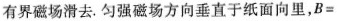
有界磁场滑去。匀强磁场方向垂直于纸面向里，$$B=